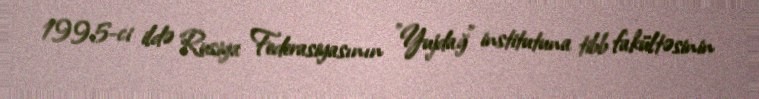
1995-ci ildə Rusiya Federasiyasının "Yujdağ" institutuna tibb fakültəsinin